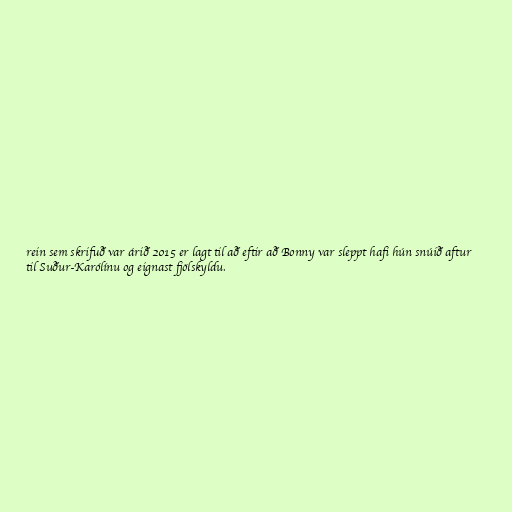
rein sem skrifuð var árið 2015 er lagt til að eftir að Bonny var sleppt hafi hún snúið aftur
til Suður-Karólínu og eignast fjölskyldu.